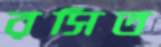
রসিত